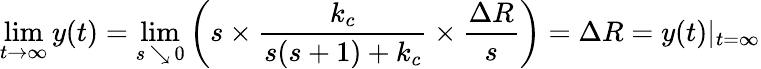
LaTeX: \operatorname*{lim}_{t\to\infty}y(t)=\operatorname*{lim}_{s\, \searrow\, 0}\left(s\times{\frac{k_{c}}{s(s+1)+k_{c}}}\times{\frac{\Delta R}{s}}\right)=\Delta R=y(t)|_{t=\infty}